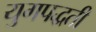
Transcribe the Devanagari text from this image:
युगपद्धती